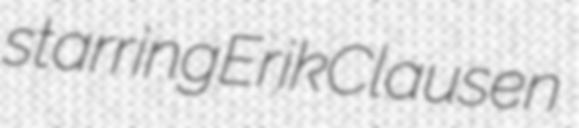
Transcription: starring Erik Clausen